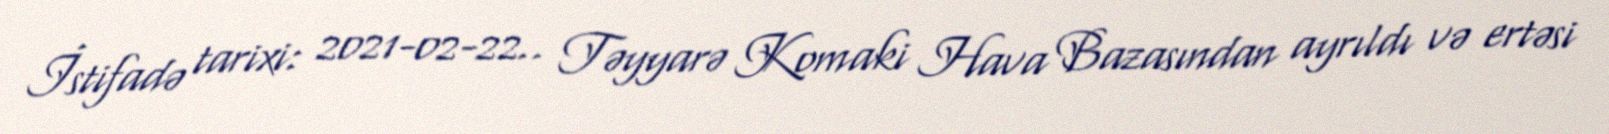
İstifadə tarixi: 2021-02-22.. Təyyarə Komaki Hava Bazasından ayrıldı və ertəsi